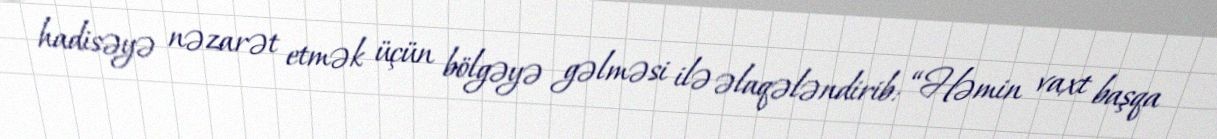
hadisəyə nəzarət etmək üçün bölgəyə gəlməsi ilə əlaqələndirib: “Həmin vaxt başqa